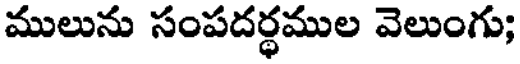
ములును సంపదర్ధముల వెలుంగు;